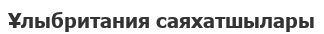
Ұлыбритания саяхатшылары